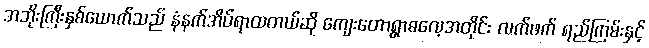
အဘိုးကြီးနှစ်ယောက်သည် နံနက်အိပ်ရာထတယ်ဆို ကျေးတောရွာဓလေ့အတိုင်း လက်ဖက် ရည်ကြမ်းနှင့်